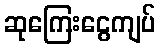
ဆုကြေးငွေကျပ်